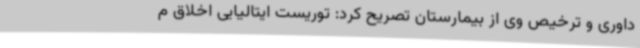
داوری و ترخیص وی از بیمارستان تصریح کرد: توریست ایتالیایی اخلاق م